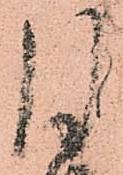
月